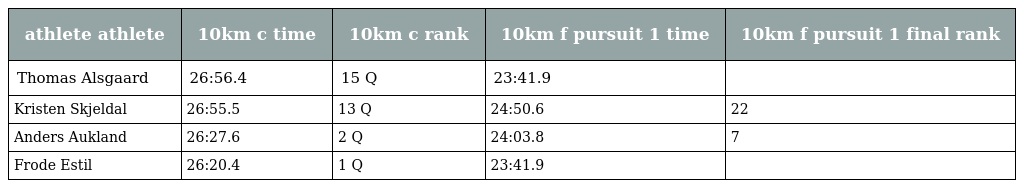
| athlete athlete | 10km c time | 10km c rank | 10km f pursuit 1 time | 10km f pursuit 1 final rank |
 | --- | --- | --- | --- | --- |
 | Thomas Alsgaard | 26:56.4 | 15 Q | 23:41.9 |  |
 | Kristen Skjeldal | 26:55.5 | 13 Q | 24:50.6 | 22 |
 | Anders Aukland | 26:27.6 | 2 Q | 24:03.8 | 7 |
 | Frode Estil | 26:20.4 | 1 Q | 23:41.9 |  |